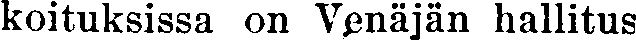
koituksissa on Venäjän hallitus